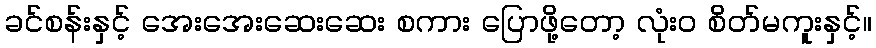
ခင်စန်းနှင့် အေးအေးဆေးဆေး စကား ပြောဖို့တော့ လုံးဝ စိတ်မကူးနှင့်။